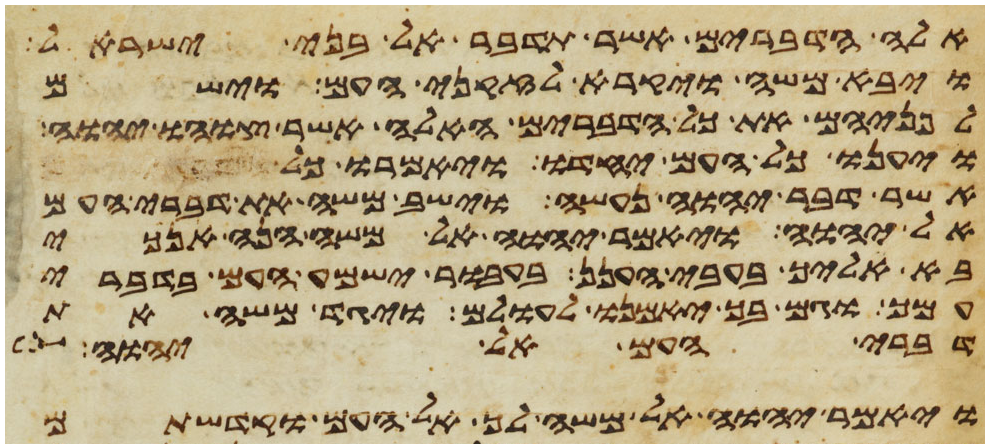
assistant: אלה הדברים אשר תדבר אל בני ישראל
ויבא משה ויקרא לזקני העם וישם
לפניהם את כל הדברים האלה אשר צוהו יהוה
ויענו כל העם יחדו ויאמרו כל
אשר דבר יהוה נעשה וישב משה את דברי העם
אל יהוה ויאמר יהוה אל משה הנה אנכי
בא אליך בעבי הענן בעבור ישמע העם בדברי
עמך וגם בך יאמנו לעולם ויגד משה את
דברי העם אל יהוה
ויאמר יהוה אל משה לך אל העם וקדשתם